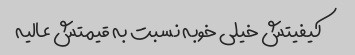
کیفیتش خیلی خوبه نسبت به قیمتش عالیه